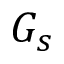
G _ { s }